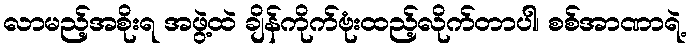
လာမည့်အစိုးရ အဖွဲ့ထဲ ချိန်ကိုက်ဗုံးထည့်လိုက်တာပါ၊ စစ်အာဏာရဲ့